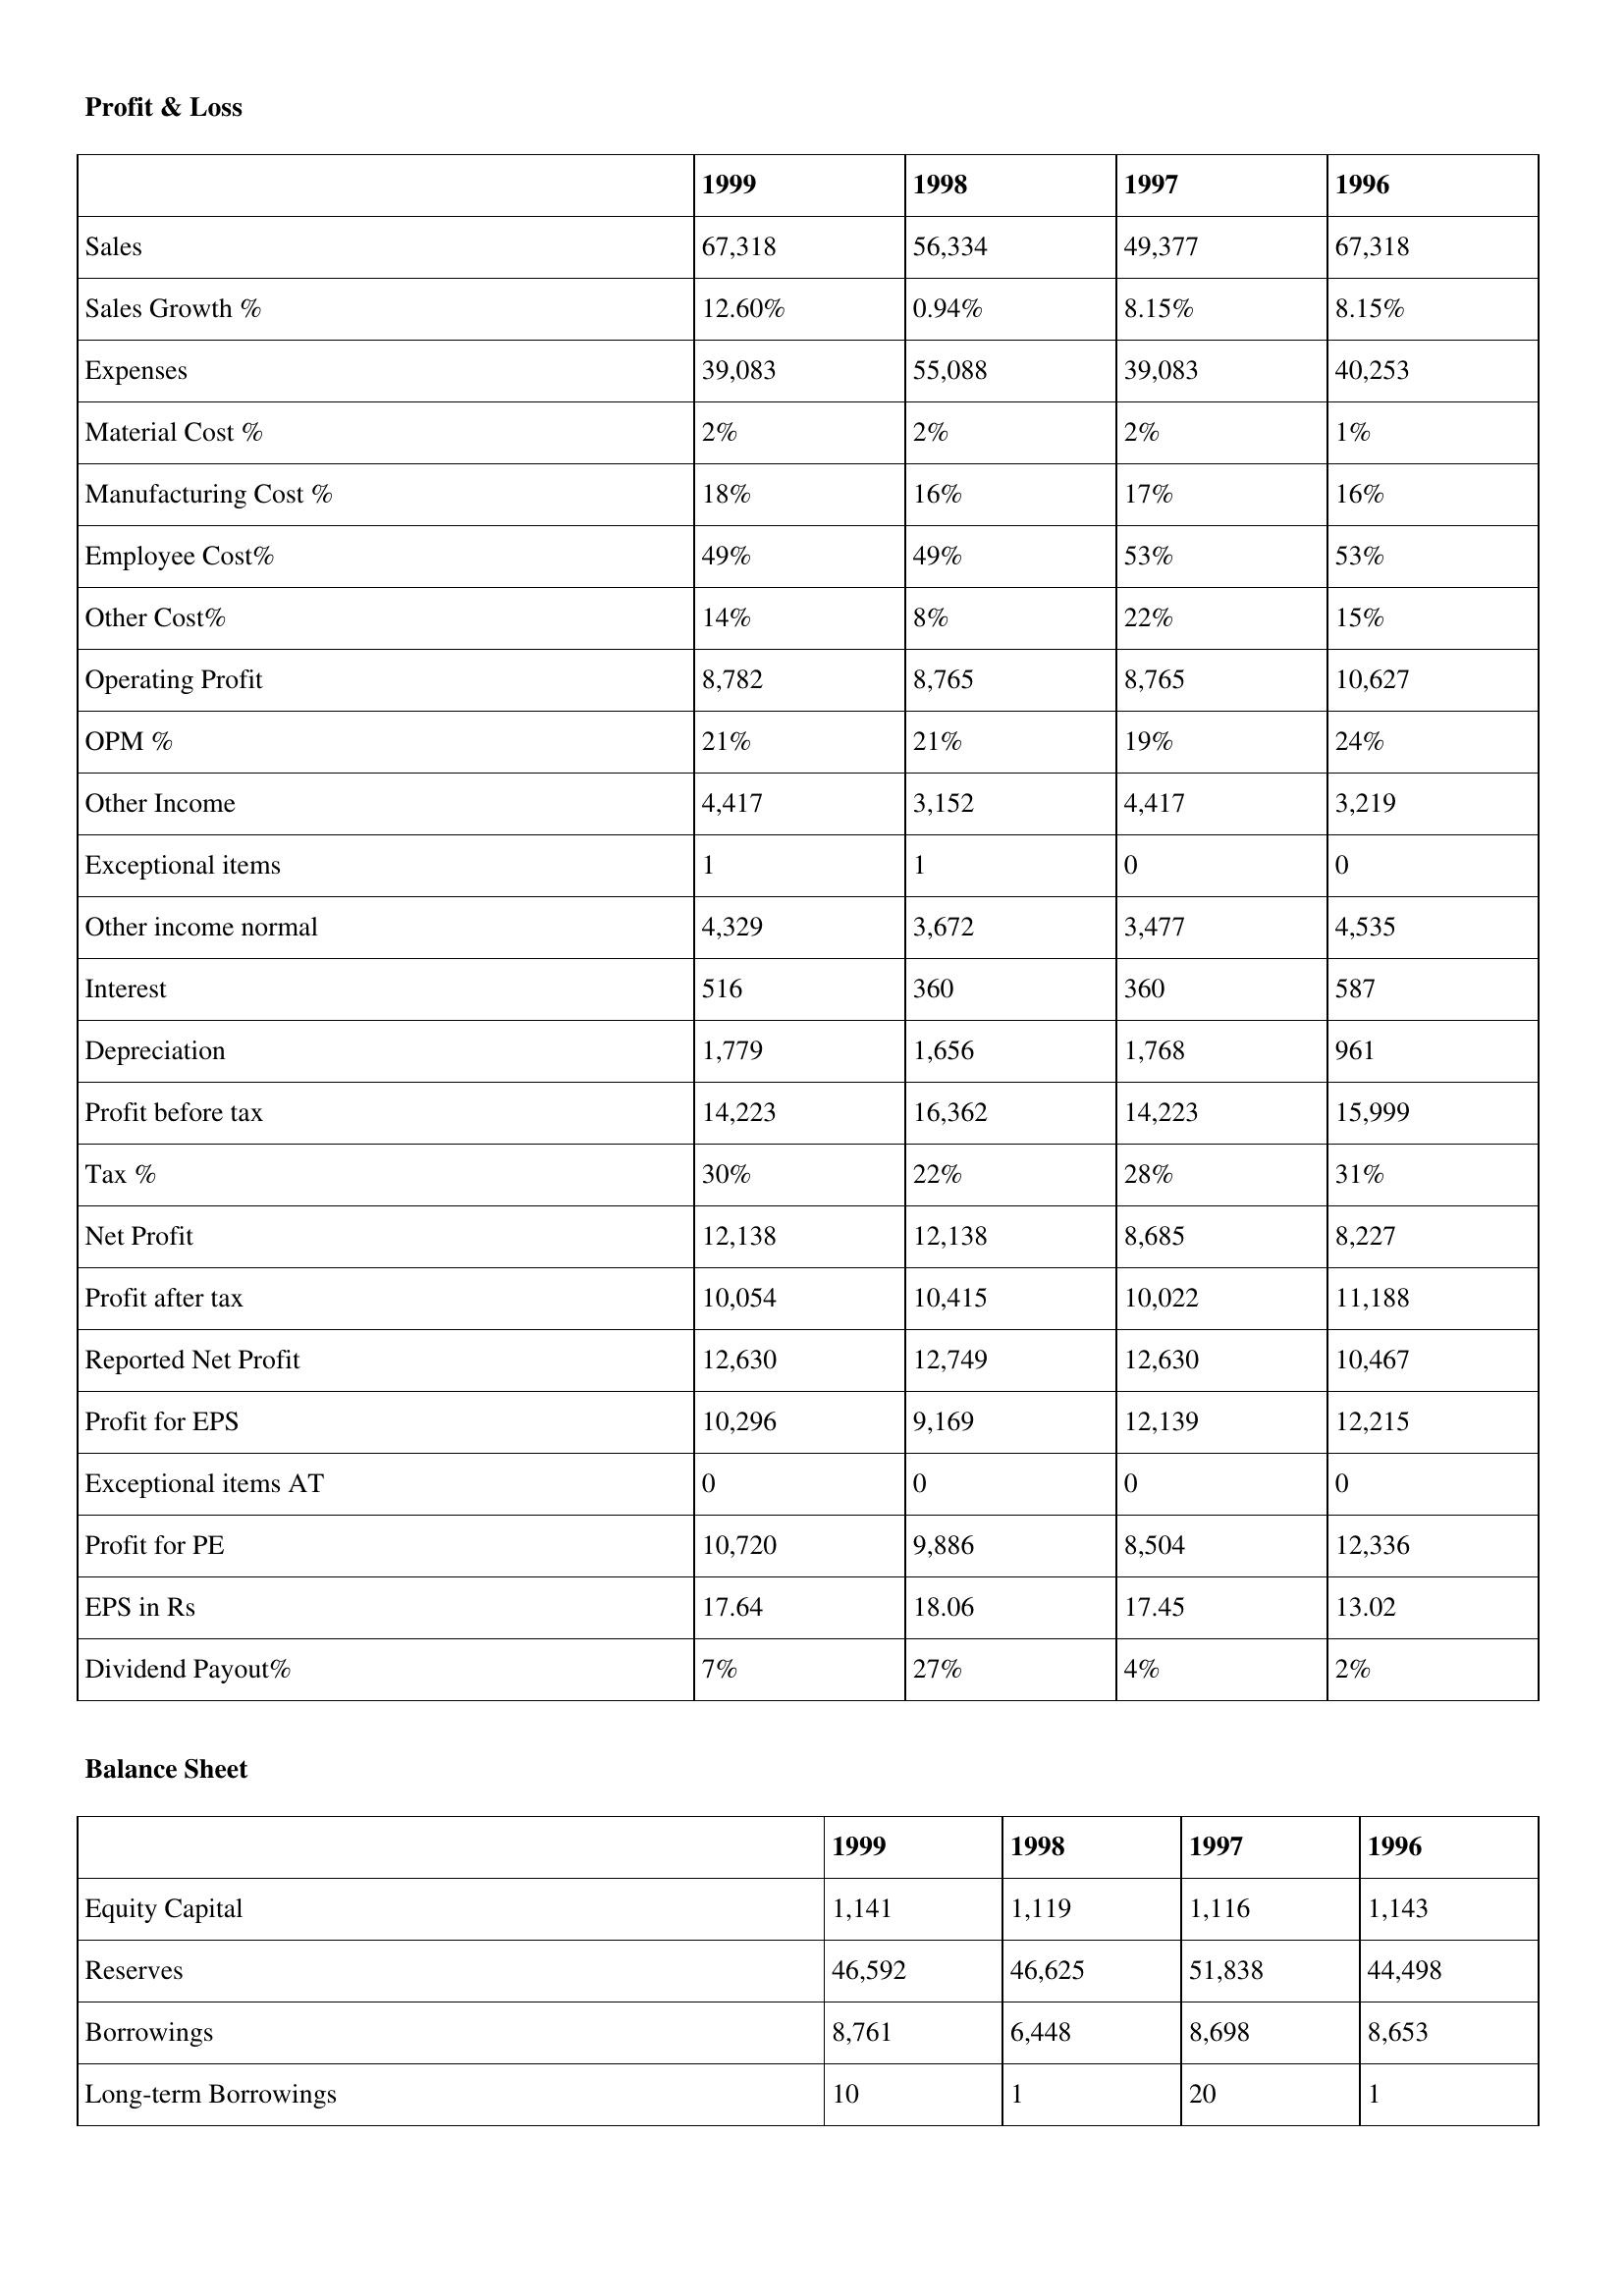
gt_parse: 1999: Profit & Loss: Sales: 67,318
Sales Growth %: 12.60%
Expenses: 39,083
Material Cost %: 2%
Manufacturing Cost %: 18%
Employee Cost%: 49%
Other Cost%: 14%
Operating Profit: 8,782
OPM %: 21%
Other Income: 4,417
Exceptional items: 1
Other income normal: 4,329
Interest: 516
Depreciation: 1,779
Profit before tax: 14,223
Tax %: 30%
Net Profit: 12,138
Profit after tax: 10,054
Reported Net Profit: 12,630
Profit for EPS: 10,296
Exceptional items AT: 0
Profit for PE: 10,720
EPS in Rs: 17.64
Dividend Payout%: 7%
Balance Sheet: Equity Capital: 1,141
Reserves: 46,592
Borrowings: 8,761
Long-term Borrowings: 10
1998: Profit & Loss: Sales: 56,334
Sales Growth %: 0.94%
Expenses: 55,088
Material Cost %: 2%
Manufacturing Cost %: 16%
Employee Cost%: 49%
Other Cost%: 8%
Operating Profit: 8,765
OPM %: 21%
Other Income: 3,152
Exceptional items: 1
Other income normal: 3,672
Interest: 360
Depreciation: 1,656
Profit before tax: 16,362
Tax %: 22%
Net Profit: 12,138
Profit after tax: 10,415
Reported Net Profit: 12,749
Profit for EPS: 9,169
Exceptional items AT: 0
Profit for PE: 9,886
EPS in Rs: 18.06
Dividend Payout%: 27%
Balance Sheet: Equity Capital: 1,119
Reserves: 46,625
Borrowings: 6,448
Long-term Borrowings: 1
1997: Profit & Loss: Sales: 49,377
Sales Growth %: 8.15%
Expenses: 39,083
Material Cost %: 2%
Manufacturing Cost %: 17%
Employee Cost%: 53%
Other Cost%: 22%
Operating Profit: 8,765
OPM %: 19%
Other Income: 4,417
Exceptional items: 0
Other income normal: 3,477
Interest: 360
Depreciation: 1,768
Profit before tax: 14,223
Tax %: 28%
Net Profit: 8,685
Profit after tax: 10,022
Reported Net Profit: 12,630
Profit for EPS: 12,139
Exceptional items AT: 0
Profit for PE: 8,504
EPS in Rs: 17.45
Dividend Payout%: 4%
Balance Sheet: Equity Capital: 1,116
Reserves: 51,838
Borrowings: 8,698
Long-term Borrowings: 20
1996: Profit & Loss: Sales: 67,318
Sales Growth %: 8.15%
Expenses: 40,253
Material Cost %: 1%
Manufacturing Cost %: 16%
Employee Cost%: 53%
Other Cost%: 15%
Operating Profit: 10,627
OPM %: 24%
Other Income: 3,219
Exceptional items: 0
Other income normal: 4,535
Interest: 587
Depreciation: 961
Profit before tax: 15,999
Tax %: 31%
Net Profit: 8,227
Profit after tax: 11,188
Reported Net Profit: 10,467
Profit for EPS: 12,215
Exceptional items AT: 0
Profit for PE: 12,336
EPS in Rs: 13.02
Dividend Payout%: 2%
Balance Sheet: Equity Capital: 1,143
Reserves: 44,498
Borrowings: 8,653
Long-term Borrowings: 1